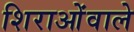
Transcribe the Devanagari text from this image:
शिराओंवाले